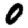
Digit: 0